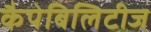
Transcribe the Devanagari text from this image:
कैपेबिलिटीज